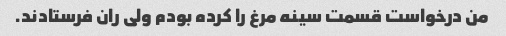
من درخواست قسمت سینه مرغ را کرده بودم ولی ران فرستادند.